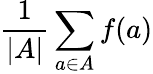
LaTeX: {\frac{1}{|A|}}\sum_{a\in A}f(a)